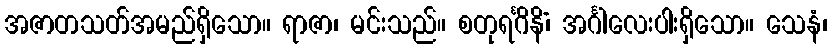
အဇာတသတ်အမည်ရှိသော။ ရာဇာ၊ မင်းသည်။ စတုရင်္ဂိနိံ၊ အင်္ဂါလေးပါးရှိသော။ သေနံ၊